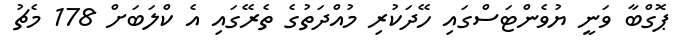
ޕޮގްބާ ވަނީ ޔުވެންޓަސްގައި ހޭދަކުރި މުއްދަތުގެ ތެރޭގައި އެ ކްލަބަށް 178 މެޗު